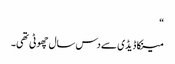
“
مینکا ڈیڈی سے دس سال چھوٹی تھی۔